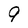
Character: 9